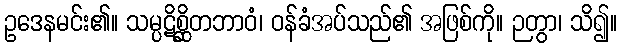
ဥဒေနမင်း၏။ သမ္ပဋိစ္ဆိတဘာဝံ၊ ဝန်ခံအပ်သည်၏ အဖြစ်ကို။ ဉတွာ၊ သိ၍။